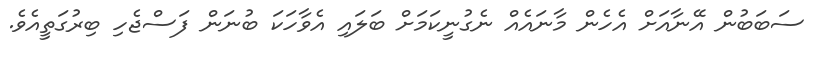
ސަބަބުން އޭނާއަށް އެހެން މާނައެއް ނެގުނީކަމަށް ބަލައި އެވާހަކަ ބުނަން ފަސްޖެހި ބިރުގަތީއެވެ.